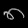
Digit: ၈